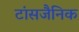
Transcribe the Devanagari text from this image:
टांसजैनिक